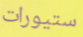
ستيورات